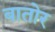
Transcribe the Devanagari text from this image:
बातोर